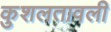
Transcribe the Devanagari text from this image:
कुशलतावली